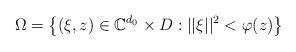
LaTeX: \begin{align*}\Omega=\left\{(\xi, z)\in \mathbb{C}^{d_{0}}\times D : ||\xi||^{2}<\varphi(z)\right\}\end{align*}